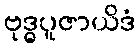
ဗုဒ္ဓပူဇာယိဒံ